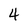
Character: 4